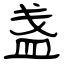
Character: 盏